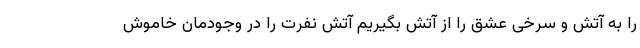
را به آتش و سرخی عشق را از آتش بگیریم آتش نفرت را در وجودمان خاموش